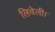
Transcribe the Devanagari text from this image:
लिवेली।